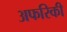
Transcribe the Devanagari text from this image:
अफरिकी